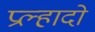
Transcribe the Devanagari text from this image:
प्रल्हादो